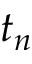
t _ { n }